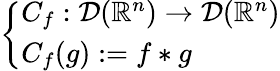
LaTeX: \left\{ \begin{array}{ll}{C_{f}:{\mathcal{D}}(\mathbb{R}^{n})\to{\mathcal{D}}(\mathbb{R}^{n})}\\ {C_{f}(g):=f\ast g}\end{array}\right.